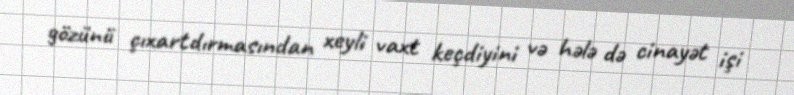
gözünü çıxartdırmasından xeyli vaxt keçdiyini və hələ də cinayət işi